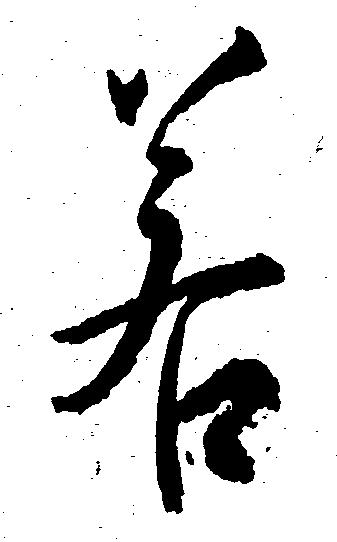
若